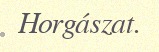
Horgászat.